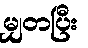
မျှတပြီး